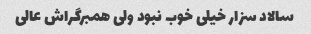
سالاد سزار خیلی خوب نبود ولی همبرگراش عالی